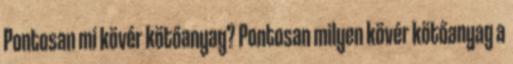
Pontosan mi kövér kötőanyag? Pontosan milyen kövér kötőanyag a